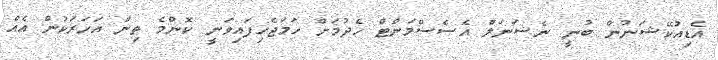
އެޑިއުކޭޝަނުން ބުނީ ނެޝަނަލް އެސެސްމަންޓް ހެދުމަށް ހަމަޖެހިފައިވަނީ ކޮންމެ ތިން އަހަރަކުން އެއް